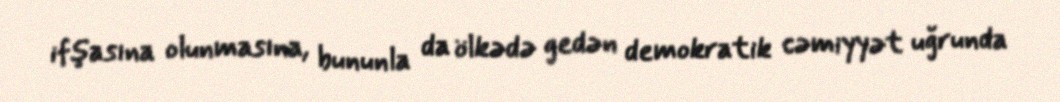
ifşasına olunmasına, bununla da ölkədə gedən demokratik cəmiyyət uğrunda